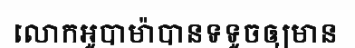
លោកអូបាម៉ាបានទទូចឲ្យមាន